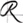
Text: R